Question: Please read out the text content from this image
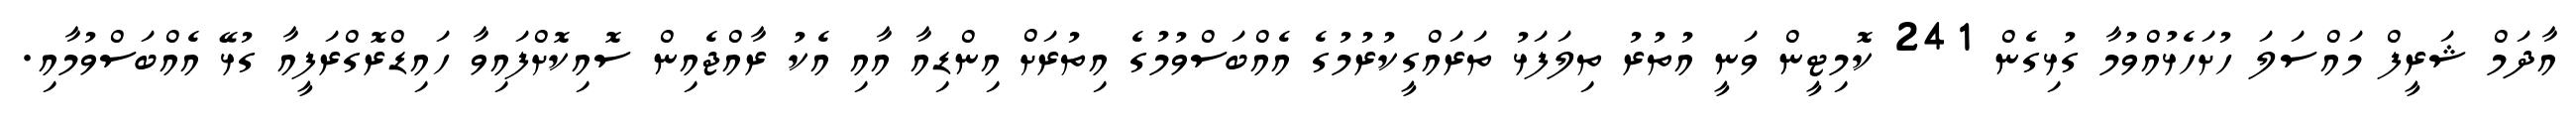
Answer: އާދަމް ޝަރީފް މައްސަލަ ހުށަހެޅުއްވުމާ ގުޅިގެން 241 ކޮމިޓީން ވަނީ އުތުރު ތިލަފަޅު ތަރައްގީކުރުމުގެ އެއްބަސްވުމުގެ އިތުރަށް އިންޑިއާ އާއި އެކު ރާއްޖެއިން ސޮއިކޮށްފައިވާ ހައިޑްރޮގްރަފީއާ ގުޅޭ އެއްބަސްވުމާއި.